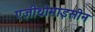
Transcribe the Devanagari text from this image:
एज़ीथ्रोमाइसीन